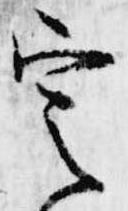
定